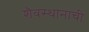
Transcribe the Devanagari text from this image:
शैवस्थानाची